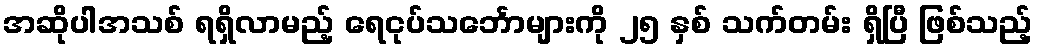
အဆိုပါအသစ် ရရှိလာမည့် ရေငုပ်သင်္ဘောများကို ၂၅ နှစ် သက်တမ်း ရှိပြီ ဖြစ်သည့်